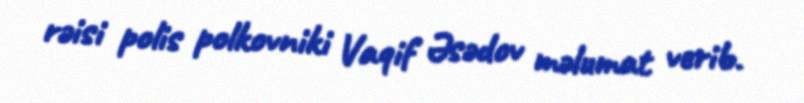
rəisi polis polkovniki Vaqif Əsədov məlumat verib.